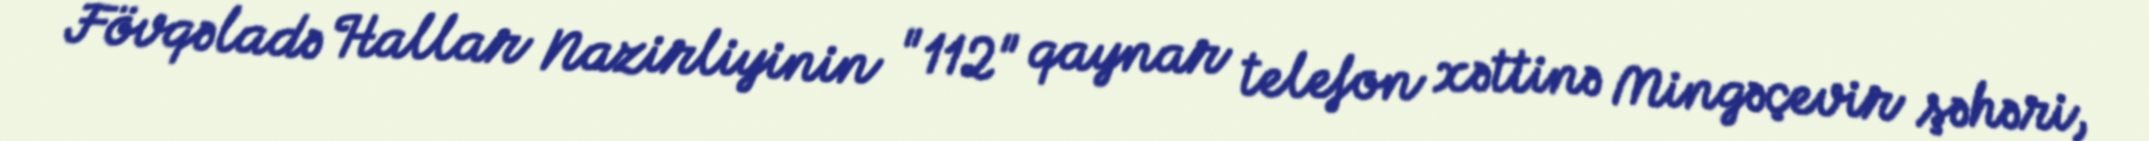
Fövqəladə Hallar Nazirliyinin "112" qaynar telefon xəttinə Mingəçevir şəhəri,